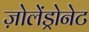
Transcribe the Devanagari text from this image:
ज़ोलेंड्रोनेट